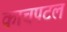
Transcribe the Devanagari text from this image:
काचपटल